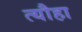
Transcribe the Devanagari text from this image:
त्यौहा